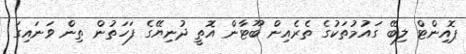
ޕޮއިންޓް ލިބޭ ގައުމުތަކުގެ ތެރެއިން ބޫޓާން އޮތީ ދުނިޔޭގެ ފަހަތުން ތިން ވަނައިގަ